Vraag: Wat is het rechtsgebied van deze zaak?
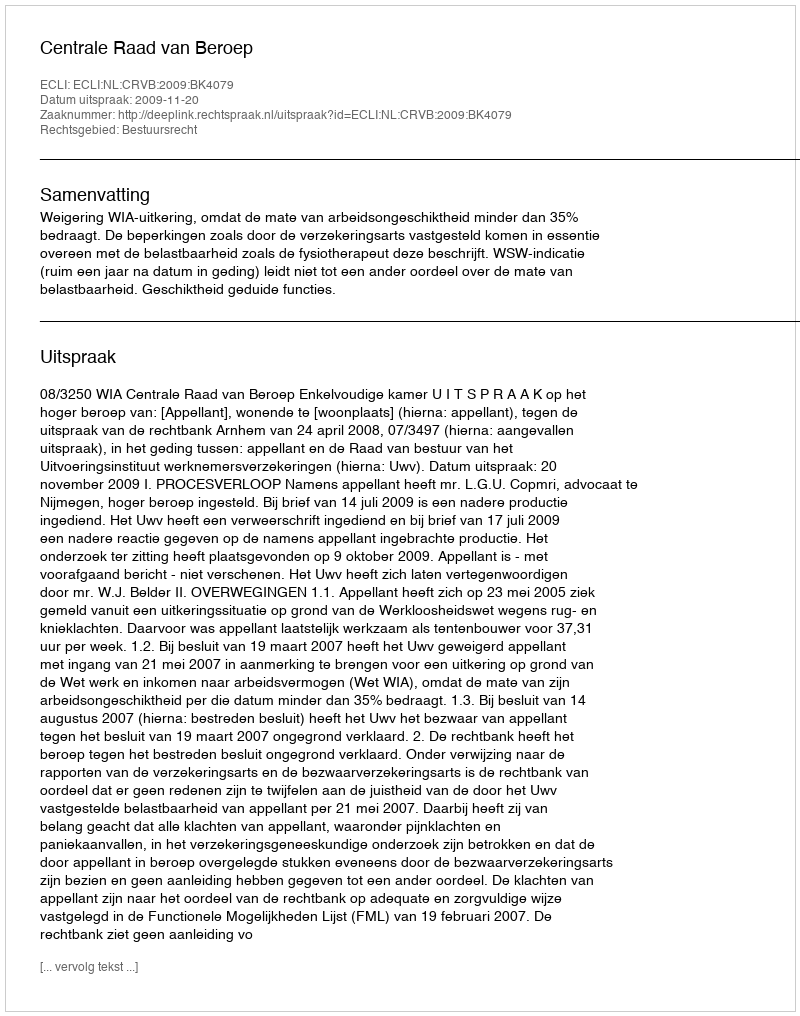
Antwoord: Bestuursrecht